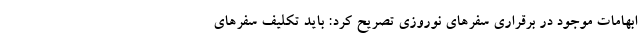
ابهامات موجود در برقراری سفرهای نوروزی تصریح کرد: باید تکلیف سفرهای